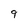
Character: 9